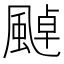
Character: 𩘀